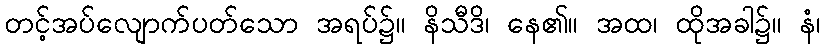
တင့်အပ်လျောက်ပတ်သော အရပ်၌။ နိသီဒိ၊ နေ၏။ အထ၊ ထိုအခါ၌။ နံ၊